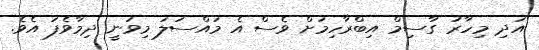
އަދި މިހާރު ގާސިމް އިބްރާހިމަށް ވެސް އެ މައްސަލަ މިވަނީ ދިމާވެފަ އެވެ.